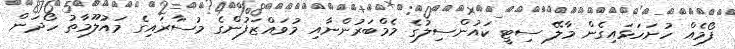
ފޯމެއް ހުށަހަޅައިގެން މާލޭ ސިޓީ ކައުންސިލުގެ މެމްބަރުންނާއި މުވައްޒަފުންގެ މުސާރައިގެ މައުލޫމާތު ހޯދަން